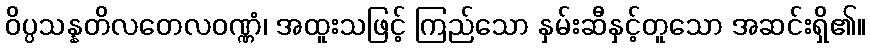
ဝိပ္ပသန္နတိလတေလဝဏ္ဏံ၊ အထူးသဖြင့် ကြည်သော နှမ်းဆီနှင့်တူသော အဆင်းရှိ၏။